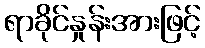
ရာခိုင်နှုန်းအားဖြင့်